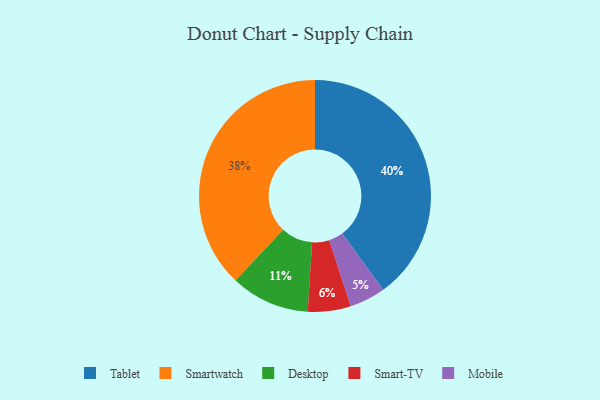
{"axis": {"x": "Category", "y": "Percentage"}, "legend": ["Desktop", "Mobile", "Smart-TV", "Smartwatch", "Tablet"], "data": [{"x": "Mobile", "y": 5, "type": "Mobile"}, {"x": "Tablet", "y": 40, "type": "Tablet"}, {"x": "Desktop", "y": 11, "type": "Desktop"}, {"x": "Smartwatch", "y": 38, "type": "Smartwatch"}, {"x": "Smart-TV", "y": 6, "type": "Smart-TV"}]}